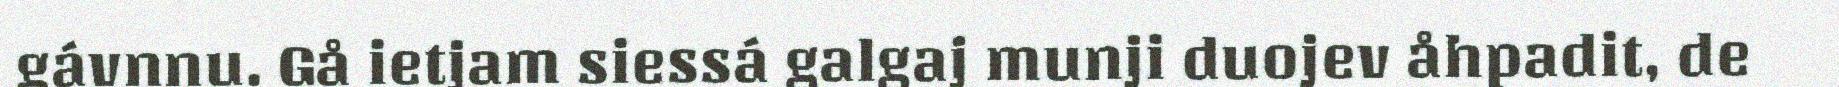
gávnnu. Gå ietjam siessá galgaj munji duojev åhpadit, de